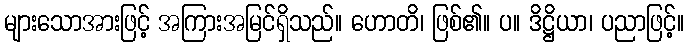
များသောအားဖြင့် အကြားအမြင်ရှိသည်။ ဟောတိ၊ ဖြစ်၏။ ပ။ ဒိဋ္ဌိယာ၊ ပညာဖြင့်။